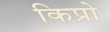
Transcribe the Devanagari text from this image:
किप्रो